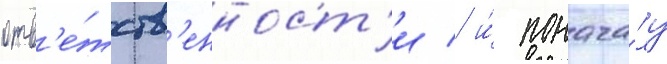
отв'е́тств'енност'и / и́ понача́лу